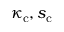
\kappa _ { \mathrm { c } } , s _ { \mathrm { c } }